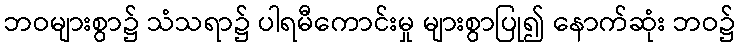
ဘဝများစွာ၌ သံသရာ၌ ပါရမီကောင်းမှု များစွာပြု၍ နောက်ဆုံး ဘဝ၌